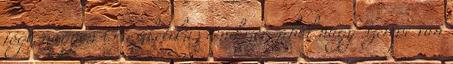
jóga nagyon is aszketikus rendszer, ahol nagy szerepe van